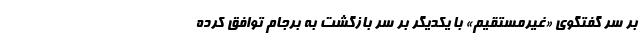
بر سر گفتگوی «غیرمستقیم» با یکدیگر بر سر بازگشت به برجام توافق کرده